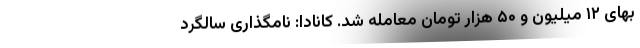
بهای ۱۲ میلیون و ۵۰ هزار تومان معامله شد. کانادا: نامگذاری سالگرد